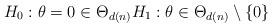
LaTeX: \begin{align*}H_0: \theta = 0 \in \Theta_{d(n)} H_1: \theta \in \Theta_{d(n)}\setminus \{0\}\end{align*}